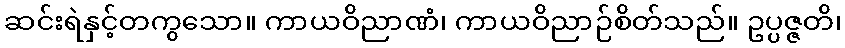
ဆင်းရဲနှင့်တကွသော။ ကာယဝိညာဏံ၊ ကာယဝိညာဉ်စိတ်သည်။ ဥပ္ပဇ္ဇတိ၊